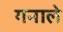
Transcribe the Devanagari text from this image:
गनाले